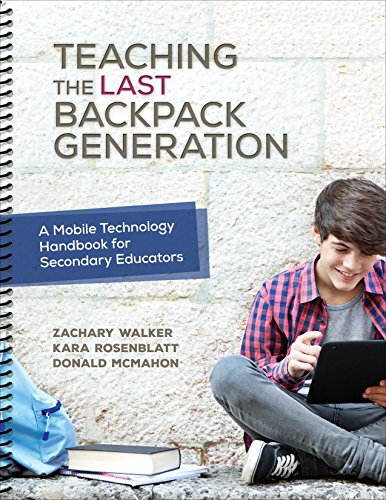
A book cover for Teaching the Last Backpack Generation: A Mobile Technology Handbook for Secondary Educators; Zachary M. Walker; Education & Teaching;